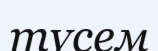
түсем